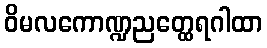
ဝိမလကောဏ္ဍညတ္ထေရဂါထာ